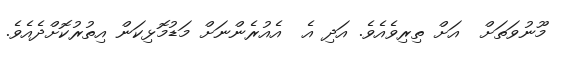
މޫނުވަތަށް  އަށް ތިރިވެއެވެ. އަދި އެ  އެއުރެންނަށް މަޑުމޮޅިކަން އިތުރުކޮށްދެއެވެ.